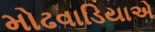
મોઢવાડિયાએ